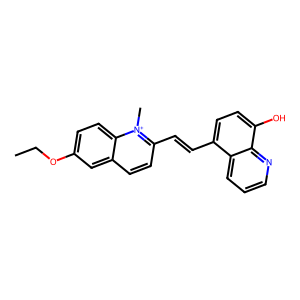
SMILES: CCOc1ccc2c(ccc(C=Cc3ccc(O)c4ncccc34)[n+]2C)c1
Inhibits HIV replication: No